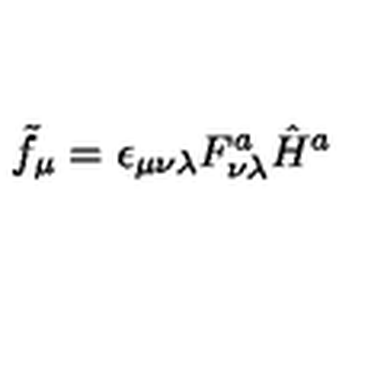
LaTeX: \tilde { f } _ { \mu } = \epsilon _ { \mu \nu \lambda } F _ { \nu \lambda } ^ { a } \hat { H } ^ { a }